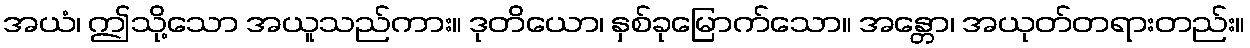
အယံ၊ ဤသို့သော အယူသည်ကား။ ဒုတိယော၊ နှစ်ခုမြောက်သော။ အန္တော၊ အယုတ်တရားတည်း။